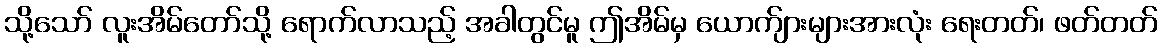
သို့သော် လူးအိမ်တော်သို့ ရောက်လာသည့် အခါတွင်မူ ဤအိမ်မှ ယောက်ျားများအားလုံး ရေးတတ်၊ ဖတ်တတ်